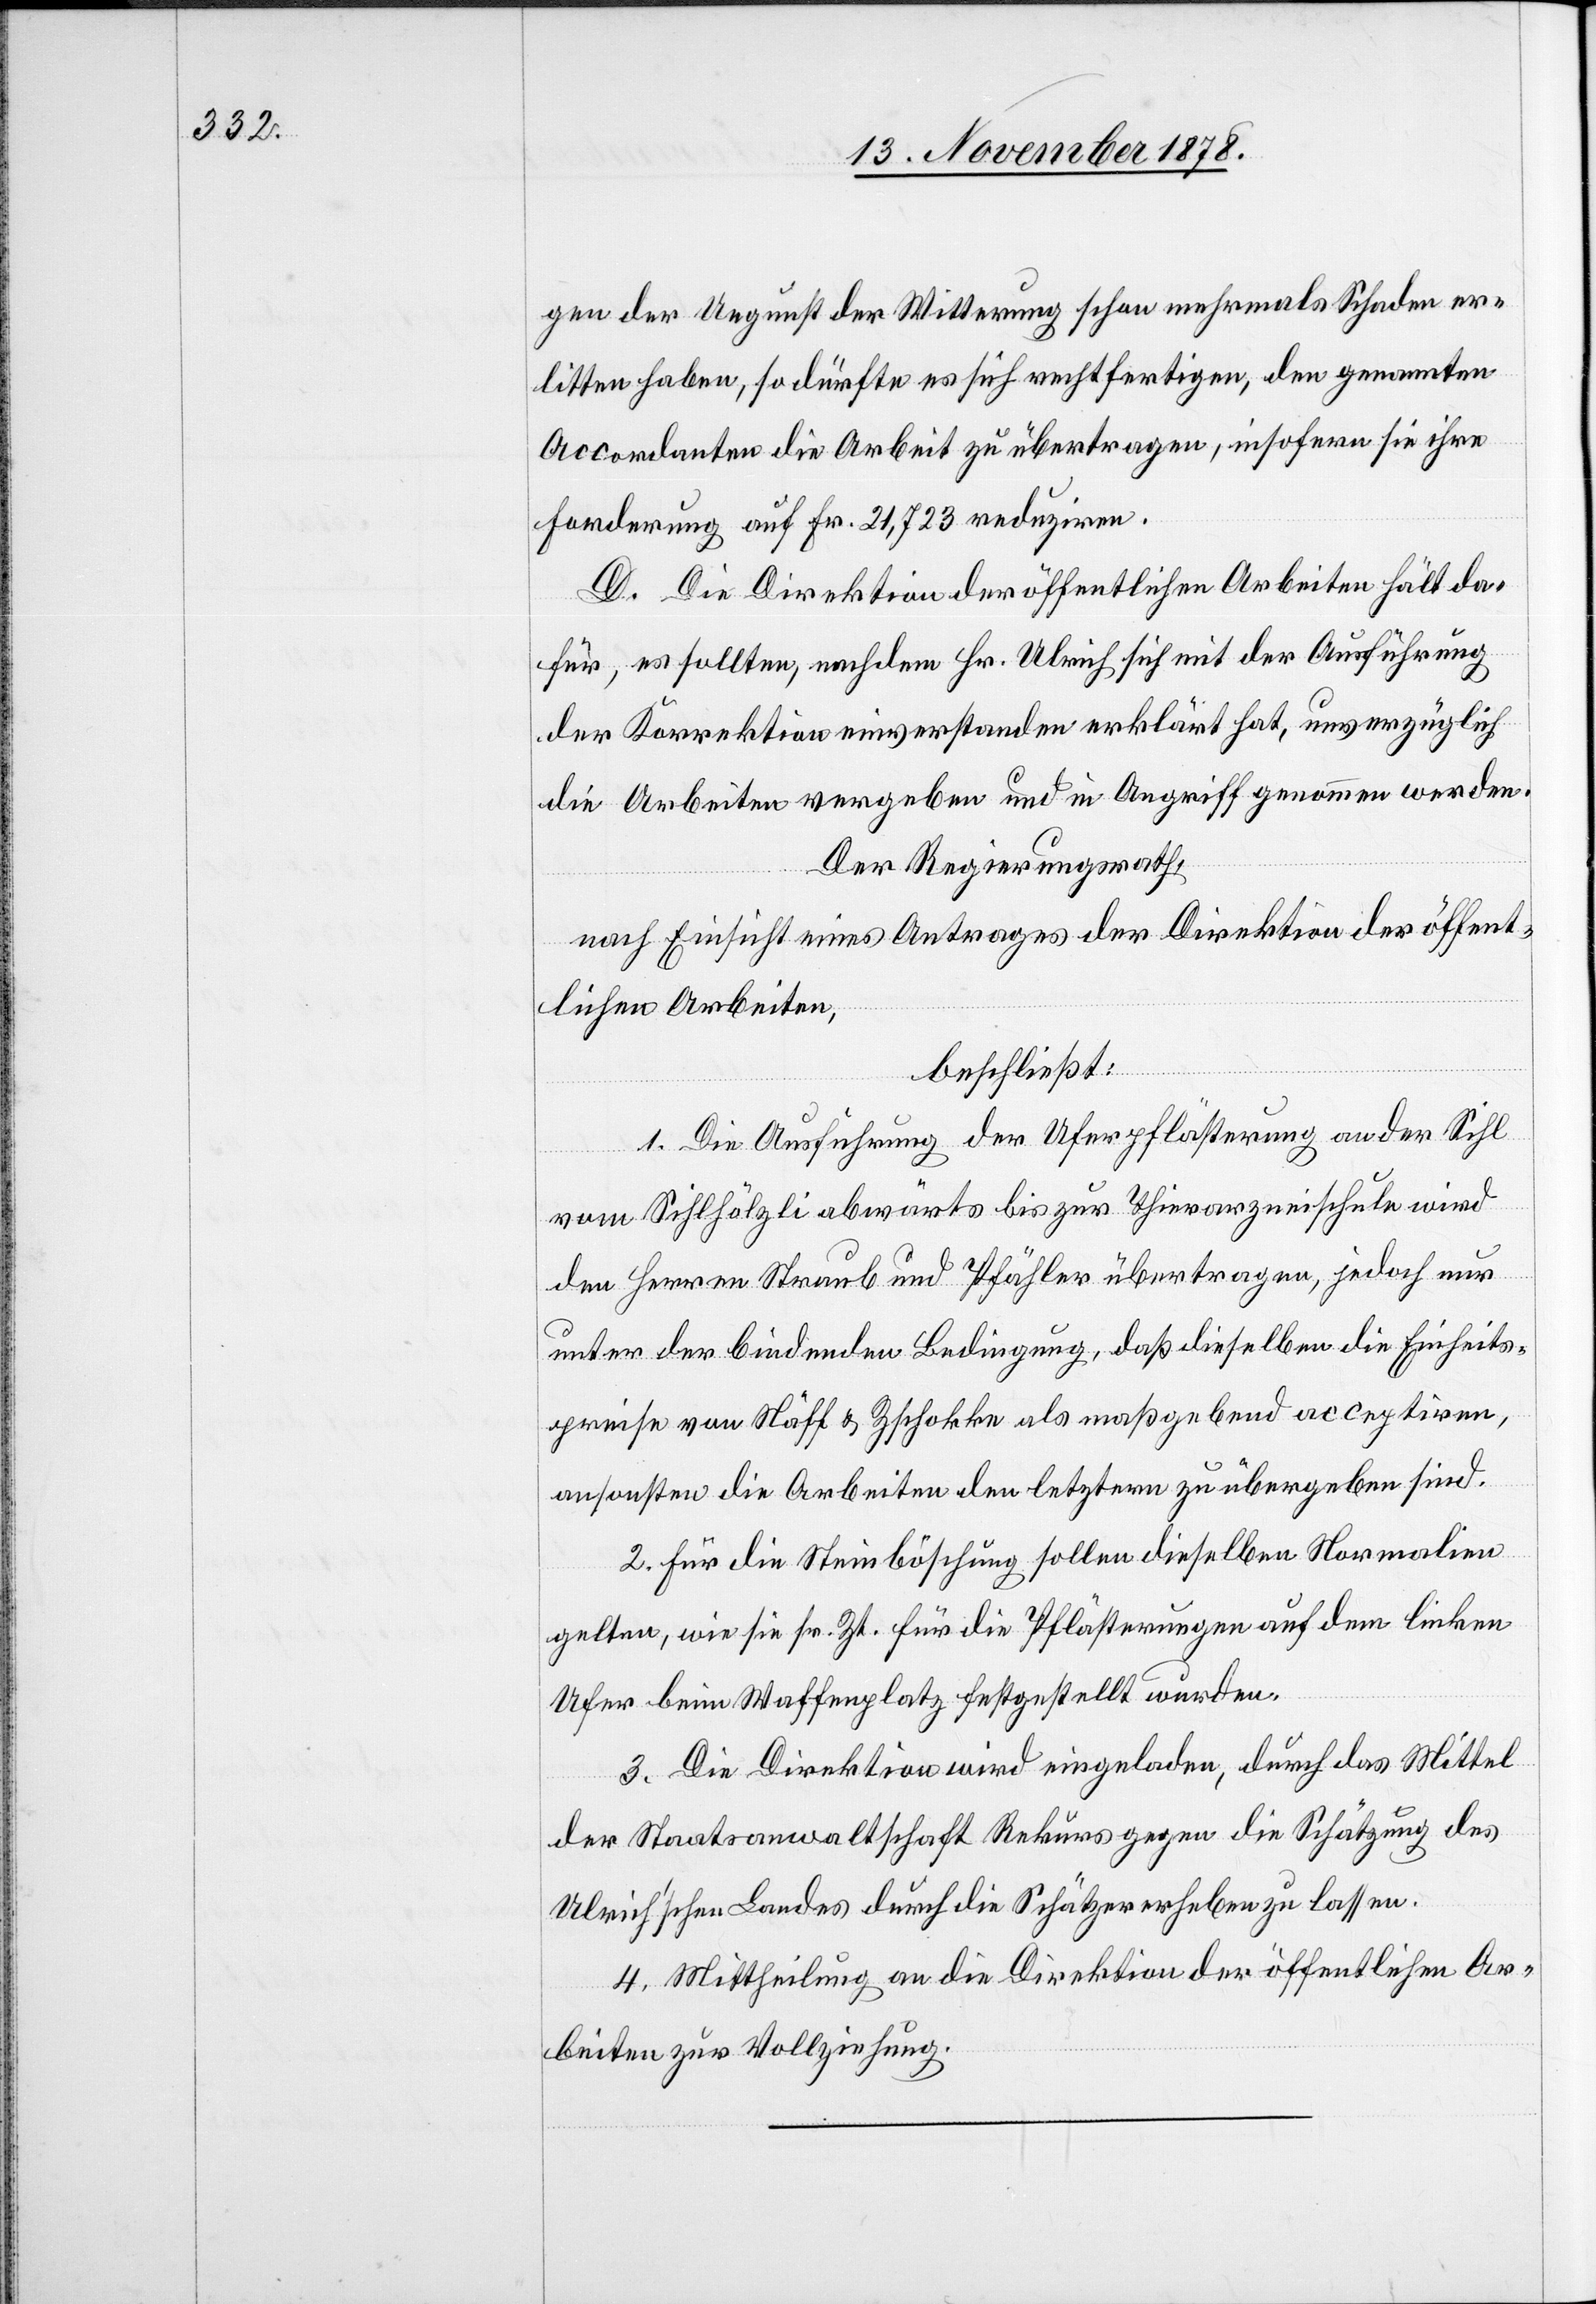
gen der Ungunst der Witterung schon mehrmals Schaden er¬
litten haben, so dürfte es sich rechtfertigen, den genannten
Accordanten die Arbeit zu übertragen, insofern sie ihre
Forderung auf Fr. 21,723 reduziren.
D. Die Direktion der öffentlichen Arbeiten hält da¬
für, es sollten, nachdem Hr. Ulrich sich mit der Ausführung
der Korrektion einverstanden erklärt hat, unverzüglich
die Arbeiten vergeben und in Angriff genommen werden.
Der Regierungsrath,
nach Einsicht eines Antrages der Direktion der öffent¬
lichen Arbeiten,
beschließt:
1. Die Ausführung der Uferpflästerung an der Sihl
vom Sihlhölzli abwärts bis zur Thierarzneischule wird
den Herren Straub und Pfähler übertragen, jedoch nur
unter der bindenden Bedingung, daß dieselben die Einheits¬
preise von Näff & Zschokke als maßgebend acceptiren,
ansonsten die Arbeiten den letztern zu übergeben sind.
2. Für die Steinböschung sollen dieselben Normalien
gelten, wie sie sr. Zt. für die Pflästerungen auf dem linken
Ufer beim Waffenplatz festgestellt wurden.
3. Die Direktion wird eingeladen, durch das Mittel
der Staatsanwaltschaft Rekurs gegen die Schätzung des
Ulrich’schen Landes durch die Schätzererhebungen zu lassen.
4. Mittheilung an die Direktion der öffentlichen Ar¬
beiten zur Vollziehung.